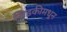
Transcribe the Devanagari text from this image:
खिडकीमधून